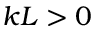
k L > 0